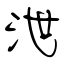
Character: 泄